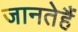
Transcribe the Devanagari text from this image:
जानतेहैं